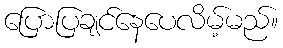
ပြောပြချင်နေပေလိမ့်မည်။